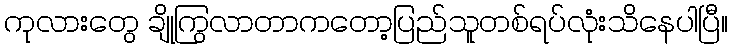
ကုလားတွေ ချိုကြွလာတာကတော့ပြည်သူတစ်ရပ်လုံးသိနေပါပြီ။